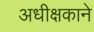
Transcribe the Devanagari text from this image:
अधीक्षकाने